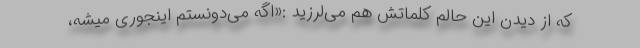
که از دیدن این حالم کلماتش هم می‌لرزید :«اگه می‌دونستم اینجوری میشه،